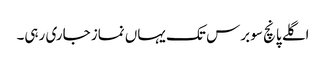
اگلے پانچ سو برس تک یہاں نماز جاری رہی۔